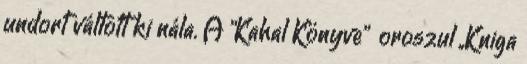
undort váltott ki nála. A "Kahal Könyve" oroszul ,,Kniga